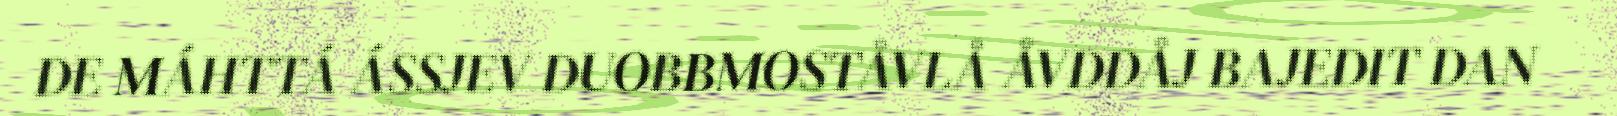
DE MÁHTTÁ ÁSSJEV DUOBBMOSTÅVLÅ ÅVDDÅJ BAJEDIT DAN